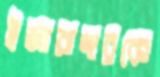
ইজারাদারকে